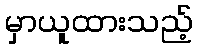
မှာယူထားသည့်